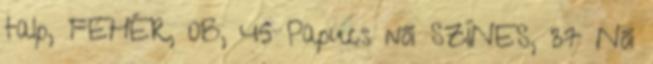
talp, FEHÉR, 0B, 45 Papucs női SZÍNES, 37 Női